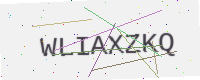
Text: WLIAXZKQ